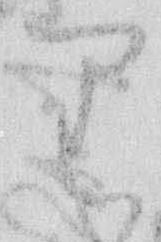
り